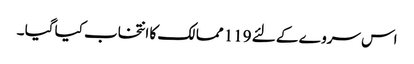
اس سروے کے لئے 119 ممالک کا انتخاب کیا گیا ۔